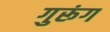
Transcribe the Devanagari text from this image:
गुरूंग